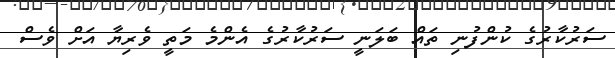
ސަރުކާރުގެ ކުންފުނި ތައް ބަލަނީ ސަރުކާރުގެ އެންމެ މަތީ ވެރިޔާ އަށް ވެސް